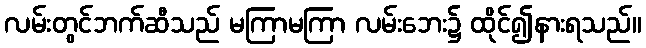
လမ်းတွင်ဘက်ဆီသည် မကြာမကြာ လမ်းဘေး၌ ထိုင်၍နားရသည်။